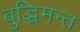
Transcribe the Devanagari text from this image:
बुद्धिमन्त